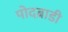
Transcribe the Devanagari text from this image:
पोदब्राडी